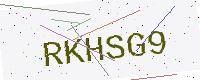
Text: RKHSG9